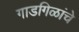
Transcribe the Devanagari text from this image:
गाडगिळांचे